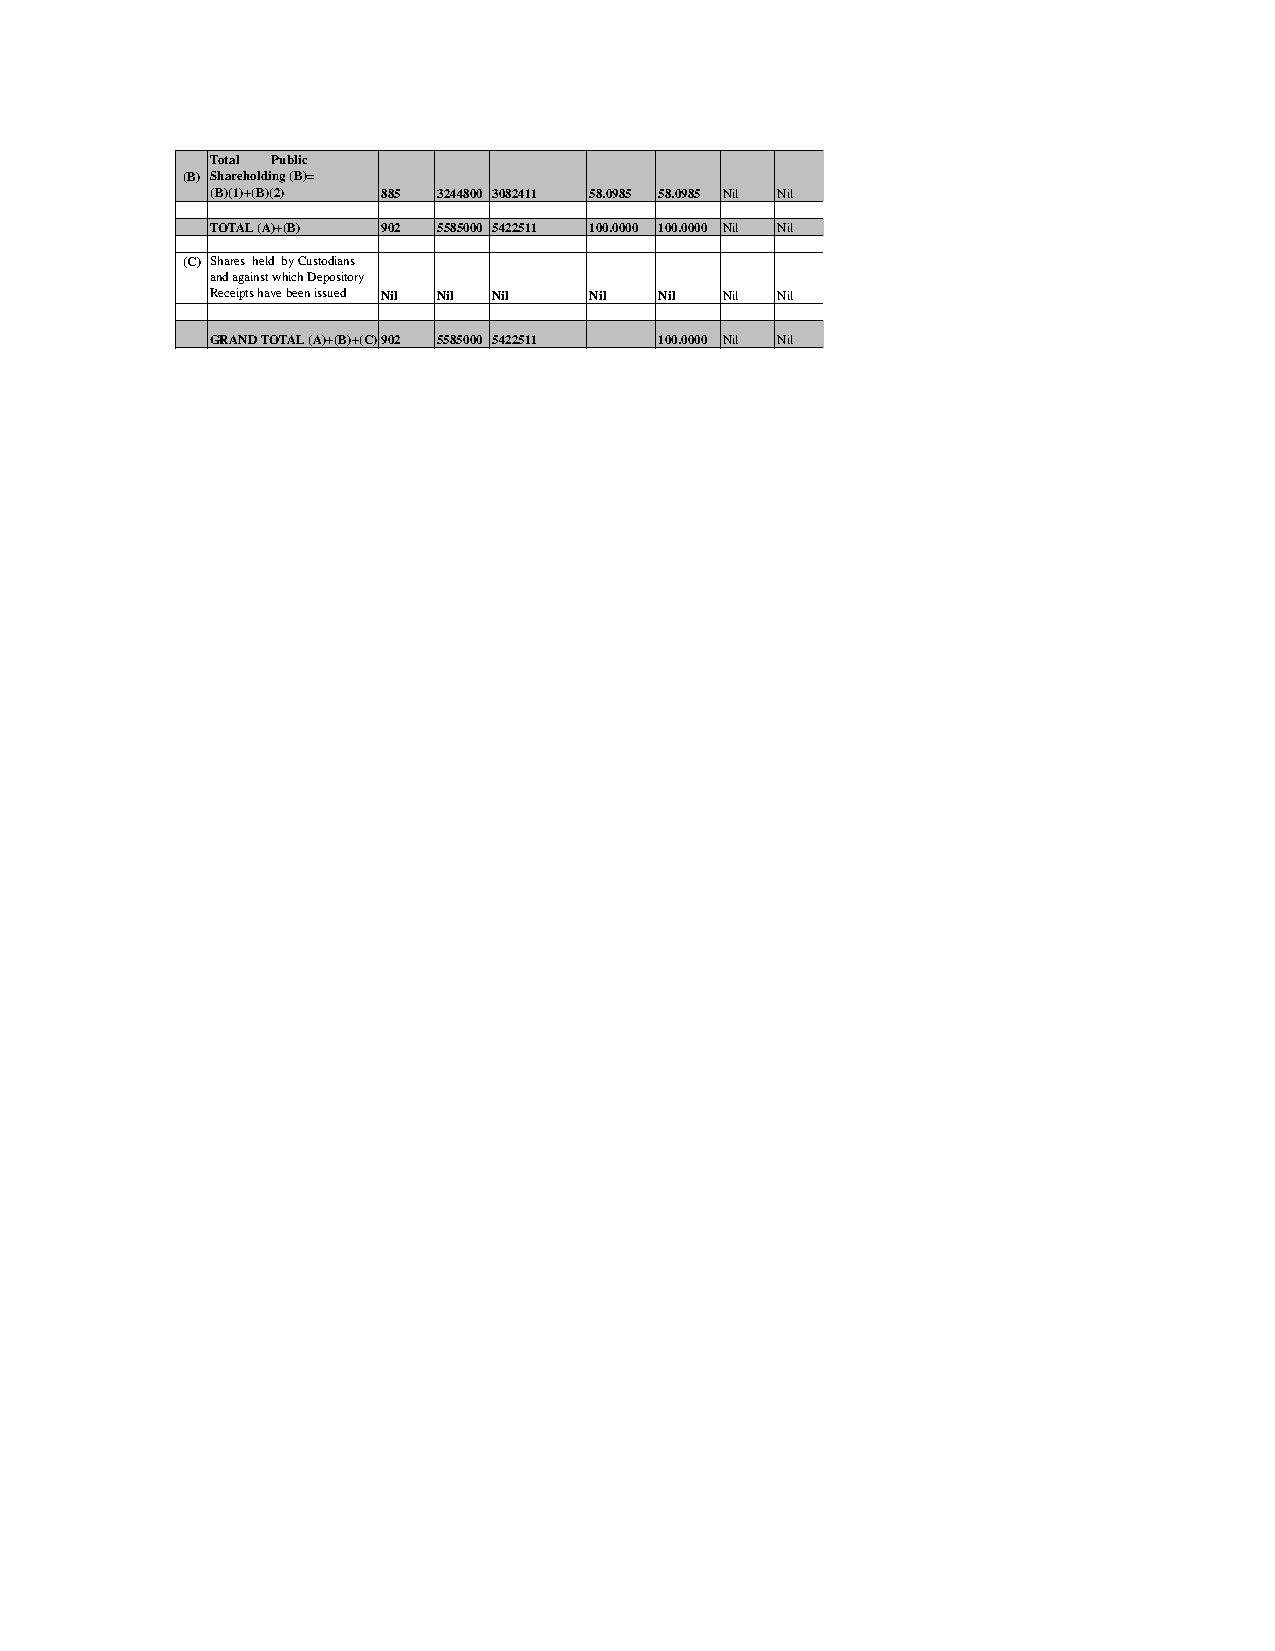
Total Public
 (B) Shareholding (B)=
 (B)(1)+(B)(2) 885 3244800 3082411 58.0985 58.0985 Nil Nil
 TOTAL (A)+(B) 902 5585000 5422511 100.0000 100.0000 Nil Nil
 (C) Shares held by Custodians
 and against which Depository
 Receipts have been issued Nil Nil Nil Nil Nil Nil Nil
 GRAND TOTAL (A)+(B)+(C)902 5585000 5422511 100.0000 Nil Nil